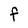
Character: F